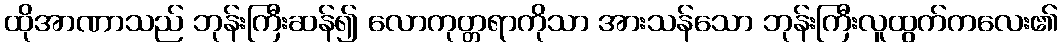
ထိုအာဏာသည် ဘုန်းကြီးဆန်၍ လောကုတ္တရာကိုသာ အားသန်သော ဘုန်းကြီးလူထွက်ကလေး၏